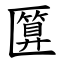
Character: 匴